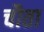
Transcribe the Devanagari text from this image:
चौता